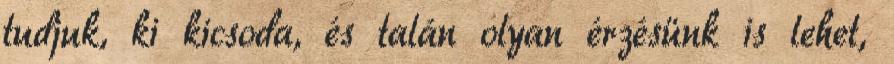
tudjuk, ki kicsoda, és talán olyan érzésünk is lehet,